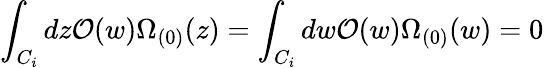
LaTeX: \int_{C_{i}}dz{\cal O}(w)\Omega_{(0)}(z)=\int_{C_{i}}dw{\cal O}(w)\Omega_{(0)}(w)=0